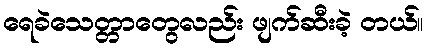
ရေခဲသေတ္တာတွေလည်း ဖျက်ဆီးခဲ့ တယ်။